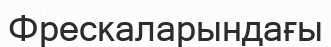
Фрескаларындағы